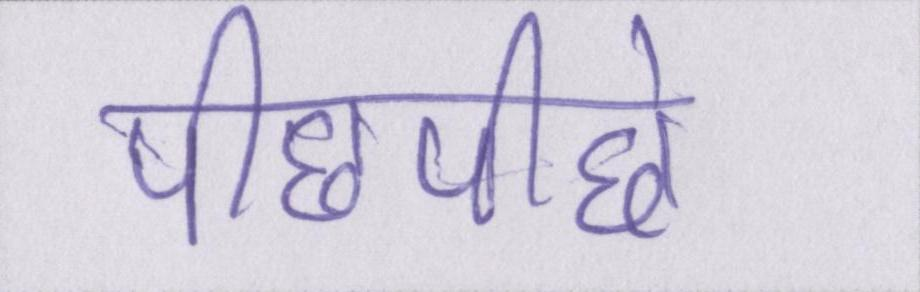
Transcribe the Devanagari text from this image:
पीछेपीछे